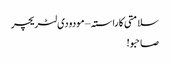
سلامتی کا راستہ – مودودی لٹریچر
صاحبو!